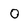
Character: o